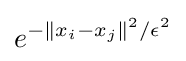
e^{-\|x_{i}-x_{j}\|^{2}/\epsilon ^{2}}